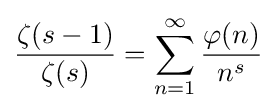
{\frac {\zeta (s-1)}{\zeta (s)}}=\sum _{n=1}^{\infty }{\frac {\varphi (n)}{n^{s}}}